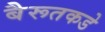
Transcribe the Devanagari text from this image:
बैरूतकडे